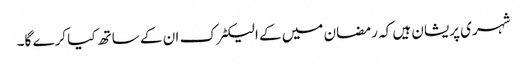
شہری پریشان ہیں کہ رمضان میں کے الیکٹرک ان کے ساتھ کیا کرے گا۔